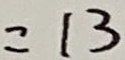
= 1 3